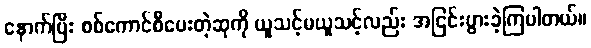
နောက်ပြီး စစ်ကောင်စီပေးတဲ့ဆုကို ယူသင့်မယူသင့်လည်း အငြင်းပွားခဲ့ကြပါတယ်။